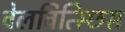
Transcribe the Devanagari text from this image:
वेलवित्स्छिस